Report on vaccination in the Province of Bengal - 1869-1873
Year: 1869
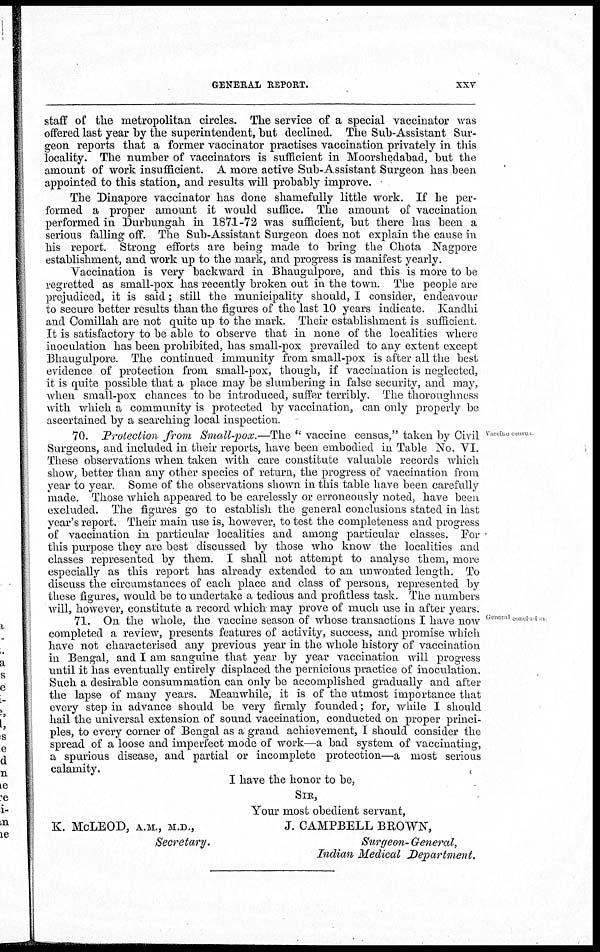
GENERAL REPORT.
xxv
staff of the metropolitan circles. The service of a special vaccinator was
offered last year by the superintendent, but declined. The Sub-Assistant Sur-
geon reports that a former vaccinator practises vaccination privately in this
locality. The number of vaccinators is sufficient in Moorshedabad, but the
amount of work insufficient. A more active Sub-Assistant Surgeon has been
appointed to this station, and results will probably improve.
The Dinapore vaccinator has done shamefully little work. If he per-
formed a proper amount it would suffice. The amount of vaccination
performed in Durbungah in 1871-72 was sufficient, but there has been a
serious falling off. The Sub-Assistant Surgeon does not explain the cause in
his report. Strong efforts are being made to bring the Chota Nagpore
establishment, and work up to the mark, and progress is manifest yearly.
Vaccination is very backward in Bhaugulpore, and this is more to be
regretted as small-pox has recently broken out in the town. The people are
prejudiced, it is said; still the municipality should, I consider, endeavour
to secure better results than the figures of the last 10 years indicate. Kandhi
and Comillah are not quite up to the mark. Their establishment is sufficient.
It is satisfactory to be able to observe that in none of the localities where
inoculation has been prohibited, has small-pox prevailed to any extent except
Bhaugulpore. The continued immunity from small-pox is after all the best
evidence of protection from small-pox, though, if vaccination is neglected,
it is quite possible that a place may be slumbering in false security, and may,
when small-pox chances to be introduced, suffer terribly. The thoroughness
with which a community is protected by vaccination, can only properly be
ascertained by a searching local inspection.
Vaccine census.
General conclusion.
70. Protection from Small-pox.—The " vaccine census," taken by Civil
Surgeons, and included in their reports, have been embodied in Table No. VI.
These observations when taken with care constitute valuable records which
show, better than any other species of return, the progress of vaccination from
year to year. Some of the observations shown in this table have been carefully
made. Those which appeared to be carelessly or erroneously noted, have been
excluded. The figures go to establish the general conclusions stated in last
year's report. Their main use is, however, to test the completeness and progress
of vaccination in particular localities and among particular classes. For
this purpose they are best discussed by those who know the localities and
classes represented by them. I shall not attempt to analyse them, more
especially as this report has already extended to an unwonted length. To
discuss the circumstances of each place and class of persons, represented by
these figures, would be to undertake a tedious and profitless task. The numbers
will, however, constitute a record which may prove of much use in after years.
71. On the whole, the vaccine season of whose transactions I have now
completed a review, presents features of activity, success, and promise which
have not characterised any previous year in the whole history of vaccination
in Bengal, and I am sanguine that year by year vaccination will progress
until it has eventually entirely displaced the pernicious practice of inoculation.
Such a desirable consummation can only be accomplished gradually and after
the lapse of many years. Meanwhile, it is of the utmost importance that
every step in advance should be very firmly founded; for, while I should
hail the universal extension of sound vaccination, conducted on proper princi-
ples, to every corner of Bengal as a grand achievement, I should consider the
spread of a loose and imperfect mode of work—a bad system of vaccinating,
a spurious disease, and partial or incomplete protection—a most serious
calamity.
K. McLEOD, A.M., M.D.,
Secretary,
I have the honor to be,
SIR,
Your most obedient servant,
J. CAMPBELL BROWN,
Surgeon- General,
Indian Medical Department.